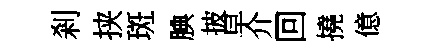
剎挟斑腆披早介回撓億